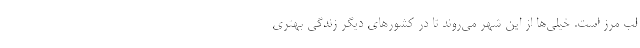
لب مرز است. خیلی‌ها از این شهر می‌روند تا در کشورهای دیگر زندگی بهتری